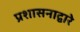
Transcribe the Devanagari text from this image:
प्रशासनाद्वारे